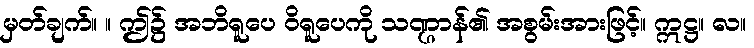
မှတ်ချက်။ ။ ဤ၌ အဘိရူပေ ဝိရူပေကို သဏ္ဌာန်၏ အစွမ်းအားဖြင့်။ ဣဋ္ဌ။ လ။